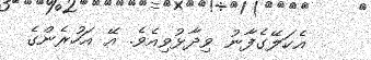
އެކަލޭގެފާނު ވިދާޅުވިއެވެ. އޭ އަހުރެންގެ